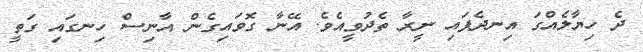
ދެ ހިޔާލެއްގަ އިނދެފައި ނީރާ ތެދުވީއެވެ. އޭނާ ގޮވައިގެން އާނިސް ހިނގައި ގަތީ